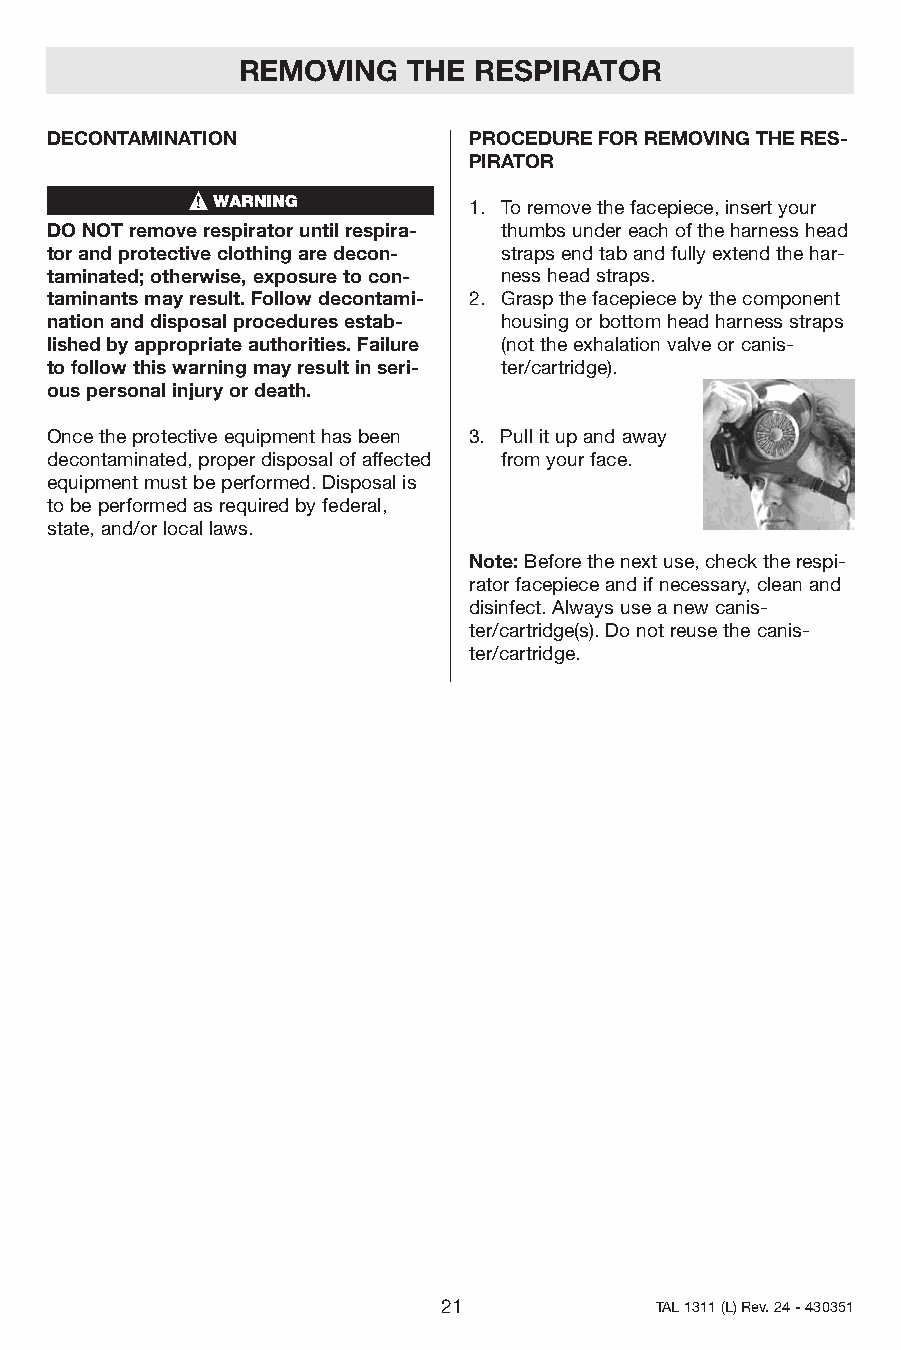
REMOVING   THE RESPIRATOR
 DECONTAMINATION             PROCEDUREFORREMOVINGTHERES-
 PIRATOR
 1. Toremovethefacepiece,insertyour
 DONOTremoverespiratoruntilrespira- thumbsundereachoftheharnesshead
 torandprotectiveclothingaredecon- strapsendtabandfullyextendthehar-
 taminated;otherwise,exposuretocon- nessheadstraps.
 taminantsmayresult.Followdecontami- 2. Graspthefacepiecebythecomponent
 nationanddisposalproceduresestab- housingorbottomheadharnessstraps
 lishedbyappropriateauthorities.Failure (nottheexhalationvalveorcanis-
 tofollowthiswarningmayresultinseri- ter/cartridge).
 ouspersonalinjuryordeath.
 Oncetheprotectiveequipmenthasbeen 3. Pullitupandaway
 decontaminated,properdisposalofaffected fromyourface.
 equipmentmustbeperformed.Disposalis
 tobeperformedasrequiredbyfederal,
 state,and/orlocallaws.
 Note:Beforethenextuse,checktherespi-
 ratorfacepieceandifnecessary,cleanand
 disinfect.Alwaysuseanewcanis-
 ter/cartridge(s).Donotreusethecanis-
 ter/cartridge.
 21            TAL1311(L)Rev.24-430351